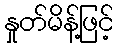
နှုတ်မိန့်ဖြင့်